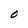
Character: O